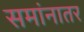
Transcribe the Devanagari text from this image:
समांनातर